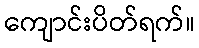
ကျောင်းပိတ်ရက်။